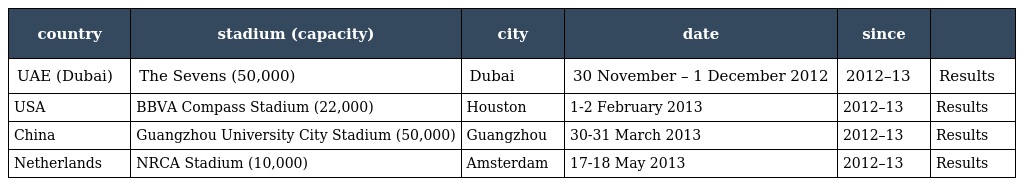
| country | stadium (capacity) | city | date | since |  |
 | --- | --- | --- | --- | --- | --- |
 | UAE (Dubai) | The Sevens (50,000) | Dubai | 30 November – 1 December 2012 | 2012–13 | Results |
 | USA | BBVA Compass Stadium (22,000) | Houston | 1-2 February 2013 | 2012–13 | Results |
 | China | Guangzhou University City Stadium (50,000) | Guangzhou | 30-31 March 2013 | 2012–13 | Results |
 | Netherlands | NRCA Stadium (10,000) | Amsterdam | 17-18 May 2013 | 2012–13 | Results |